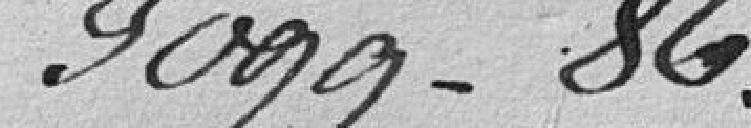
30099-86